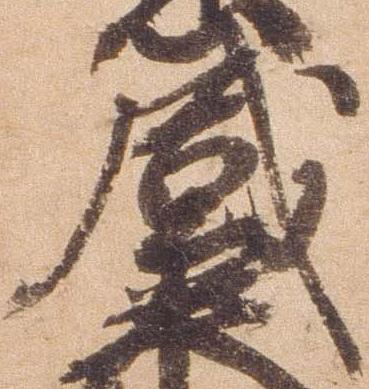
盛